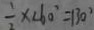
\frac { 1 } { 2 } \times 2 6 0 ^ { \circ } = 1 3 0 ^ { \circ }